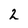
Character: 2